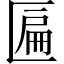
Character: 匾